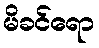
မိခင်ရော